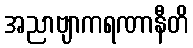
အညာဗျာကရဏာနီတိ